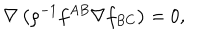
LaTeX: \nabla \left( \rho ^ { - 1 } f ^ { A B } \nabla f _ { B C } \right) = 0 ,